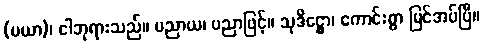
(မယာ)၊ ငါဘုရားသည်။ ပညာယ၊ ပညာဖြင့်။ သုဒိဋ္ဌော၊ ကောင်းစွာ မြင်အပ်ပြီ။